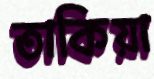
তাকিয়া